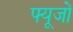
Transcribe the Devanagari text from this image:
फ्यूजों